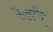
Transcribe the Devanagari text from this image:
रेकाँग